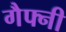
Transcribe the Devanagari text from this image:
गैफ्नी